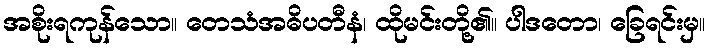
အစိုးရကုန်သော။ တေသံအဓိပတီနံ၊ ထိုမင်းတို့၏။ ပါဒတော၊ ခြေရင်းမှ။